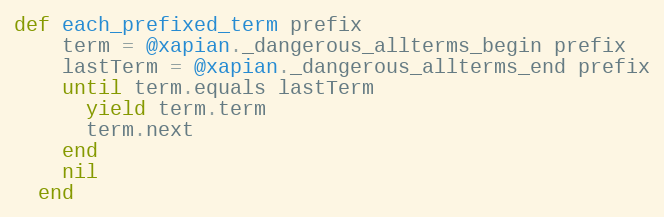
Language: Ruby
def each_prefixed_term prefix
    term = @xapian._dangerous_allterms_begin prefix
    lastTerm = @xapian._dangerous_allterms_end prefix
    until term.equals lastTerm
      yield term.term
      term.next
    end
    nil
  end